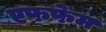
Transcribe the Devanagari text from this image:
एफफेम